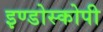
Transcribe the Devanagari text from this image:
इण्डोस्कोपी